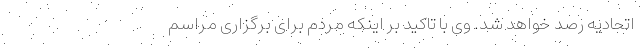
اتحادیه رصد خواهد شد. وی با تاکید بر اینکه مردم برای برگزاری مراسم